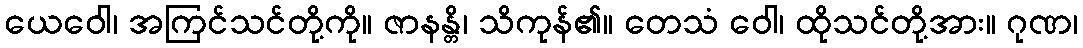
ယေဝေါ၊ အကြင်သင်တို့ကို။ ဇာနန္တိ၊ သိကုန်၏။ တေသံ ဝေါ၊ ထိုသင်တို့အား။ ဂုဏ၊